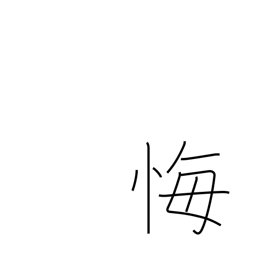
Meaning: regret